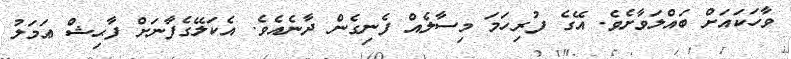
ވާހަކައަށް ބައްލަވާށެވެ. އޭގެ ފުރިހަމަ މިސާލެއް ފެނިގެން ދާނެއެވެ. އެކަލޭގެފާނަށް ފާޙިޝް ޢަމަލު